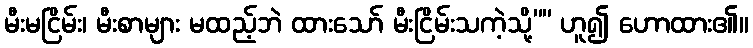
မီးမငြိမ်း၊ မီးစာများ မထည့်ဘဲ ထားသော် မီးငြိမ်းသကဲ့သို့”” ဟူ၍ ဟောထား၏။